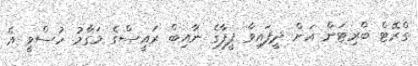
ގްރޭޓް ބްރިޓަން އަށް ދީފައިވާ ފީފާގެ ނާއިބް ރައީސްގެ މަގާމު ހުސްވީ އެ